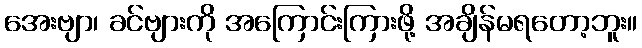
အေးဗျာ၊ ခင်ဗျားကို အကြောင်းကြားဖို့ အချိန်မရတော့ဘူး။